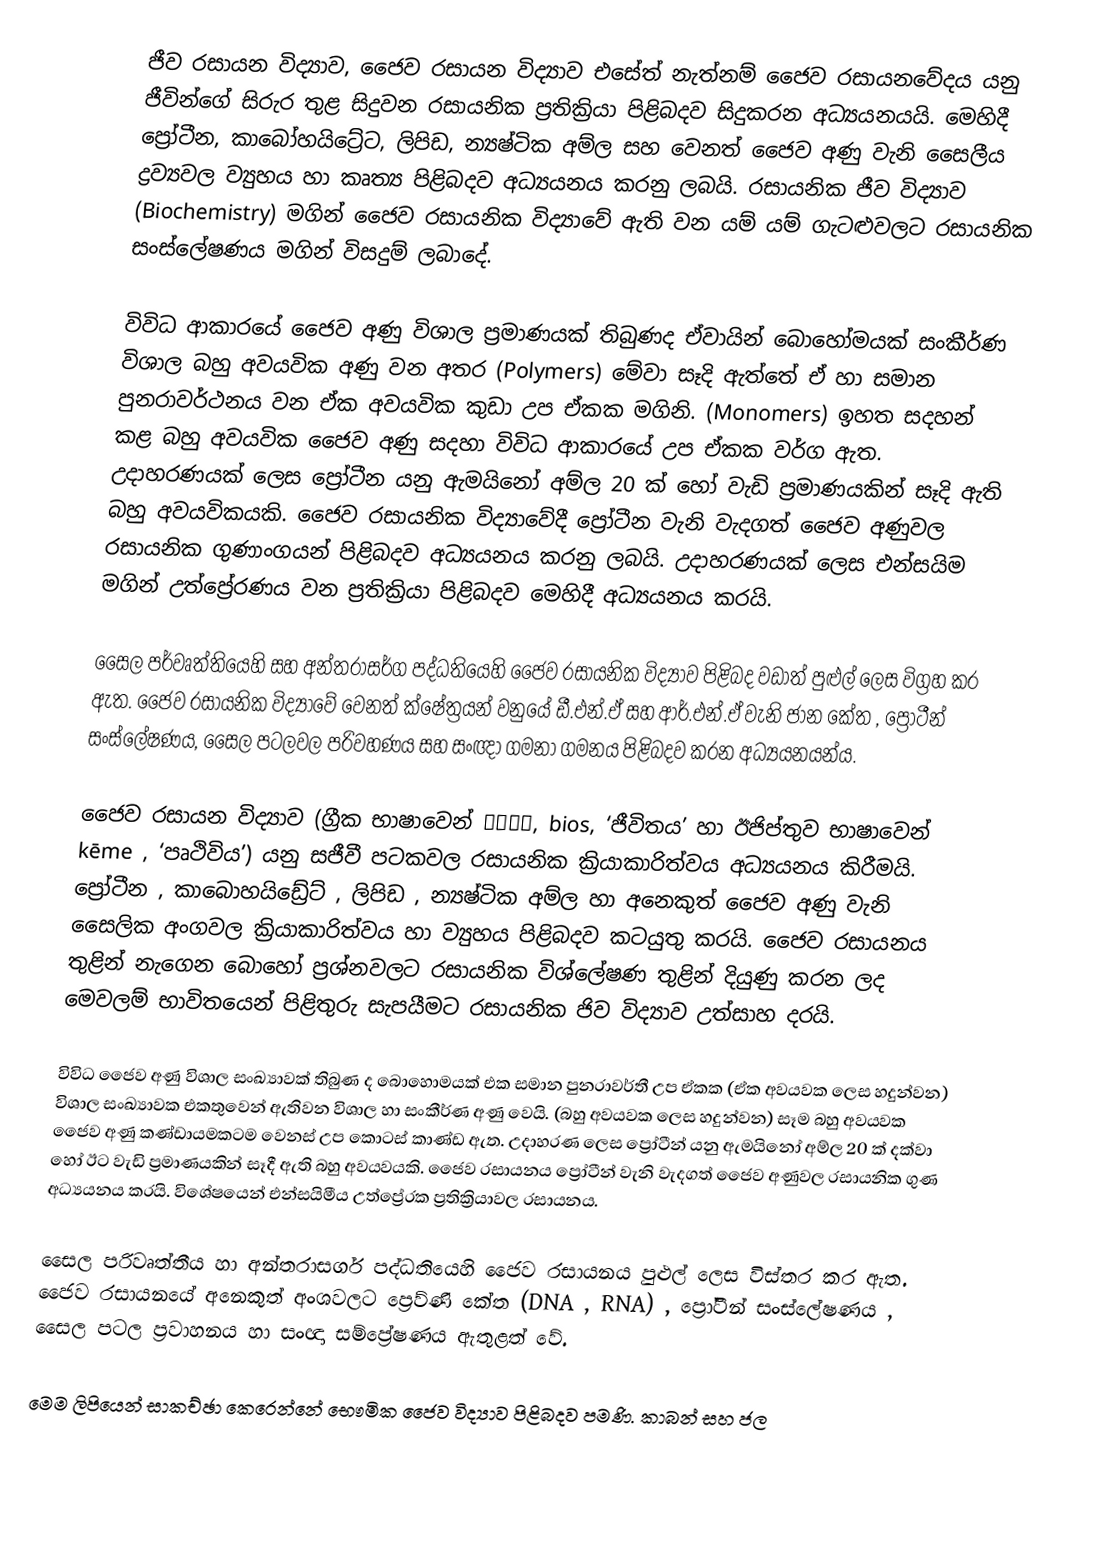
ජීව රසායන විද්‍යාව, ජෛව රසායන විද්‍යාව එසේත් නැත්නම් ජෛව රසායනවේදය යනු ජීවින්ගේ සිරුර තුළ සිදුවන රසායනික ප්‍රතික්‍රියා පිළිබදව සිදුකරන අධ්‍යයනයයි. මෙහිදී ප්‍රෝටීන, කාබෝහයිට්‍රේට, ලිපිඩ, න්‍යෂ්ටික අම්ල සහ වෙනත් ජෛව අණු වැනි සෛලීය ද්‍රව්‍යවල ව්‍යුහය හා කෘත්‍ය පිළිබදව අධ්‍යයනය කරනු ලබයි. රසායනික ජීව විද්‍යාව (Biochemistry)  මගින් ජෛව රසායනික විද්‍යාවේ  ඇති වන යම් යම් ගැටළුවලට රසායනික සංස්ලේෂණය මගින් විසදුම් ලබාදේ.

විවිධ ආකාරයේ ජෛව අණු විශාල ප්‍රමාණයක් තිබුණද ඒවායින් බොහෝමයක් සංකීර්ණ විශාල බහු අවයවික  අණු වන අතර (Polymers) මේවා සෑදි ඇත්තේ ඒ හා සමාන පුනරාවර්ථනය වන ඒක අවයවික  කුඩා උප ඒකක මගිනි. (Monomers) ඉහත සදහන් කළ බහු අවයවික  ජෛව අණු සදහා විවිධ ආකාරයේ උප ඒකක වර්ග ඇත. උදාහරණයක් ලෙස ප්‍රෝටීන යනු ඇමයිනෝ අම්ල 20 ක් ‍හෝ වැඩි ප්‍රමාණයකින් සෑදි ඇති බහු අවයවිකයකි. ජෛව රසායනික විද්‍යාවේදී ප්‍රෝටීන වැනි වැදගත් ජෛව අණුවල රසායනික ගුණාංගයන් පිළිබදව අධ්‍යයනය කරනු ලබයි. උදාහරණයක් ලෙස එන්සයිම මගින් උත්ප්‍රේරණය වන ප්‍රතික්‍රියා පිළිබදව මෙහිදී අධ්‍යයනය කරයි.

සෛල පර්වෘත්තියෙහි සහ අන්තරාසර්ග පද්ධතියෙහි ජෛව රසායනික විද්‍යාව පිළිබද වඩාත් පුළුල් ලෙස විග්‍රහ කර ඇත. ජෛව රසායනික විද්‍යාවේ වෙනත් ක්ෂේත්‍රයන් වනුයේ ඩී.එන්.ඒ සහ ආර්.එන්.ඒ වැනි ජාන කේත , ප්‍රෝටීන් සංස්ලේෂණය, සෛල පටලවල පරිවහණය සහ සංඥ‍ා ගමනා ගමනය පිළිබදව කරන අධ්‍යයනයන්ය.

ජෛව රසායන විද්‍යාව (ග්‍රීක භාෂාවෙන් βίος, bios, ‘ජීවිතය’ හා ඊජිප්තුව භාෂාවෙන් kēme , ‘පෘථිවිය’) යනු සජීවී පටකවල රසායනික ක්‍රියාකාරිත්වය අධ්‍යයනය කිරීමයි. ප්‍රෝටීන , කාබොහයිඩ්‍රේට් , ලිපිඩ , න්‍යෂ්ටික අම්ල හා අනෙකුත් ජෛව අණු වැනි සෛලික අංගවල ක්‍රියාකාරිත්වය හා ව්‍යුහය පිළිබදව කටයුතු කරයි. ජෛව රසායනය තුළින් නැගෙන බොහෝ ප්‍රශ්නවලට රසායනික විශ්ලේෂණ තුළින් දියුණු කරන ලද මෙවලම් භාවිතයෙන් පිළිතුරු සැපයීමට රසායනික ජිව විද්‍යාව උත්සාහ දරයි.

විවිධ ජෛව අණු විශාල සංඛ්‍යාවක් තිබුණ ද බොහොමයක් එක සමාන පුනරාවර්තී උප ඒකක (ඒක අවයවක ලෙස හදුන්වන) විශාල සංඛ්‍යාවක එකතුවෙන් ඇතිවන විශාල හා සංකීර්ණ අණු වෙයි. (බහු අවයවක ලෙස හදුන්වන) සෑම බහු අවයවක ජෛව අණු කණ්ඩායමකටම වෙනස් උප කොටස් කාණ්ඩ ඇත. උදාහරණ ලෙස ප්‍රෝටීන් යනු ඇමයිනෝ අම්ල 20 ක් දක්වා හෝ ඊට වැඩි ප්‍රමාණයකින් සෑදී ඇති බහු අවයවයකි. ජෛව රසායනය ප්‍රෝටීන් වැනි වැදගත් ජෛව අණුවල රසායනික ගුණ අධ්‍යයනය කරයි. විශේෂයෙන් එන්සයිමීය උත්ප්‍රේරක ප්‍රතික්‍රියාවල රසායනය.

සෛල පරිවෘත්තීය හා අන්තරාසර්ග පද්ධතියෙහි ජෛව රසායනය පුළුල් ලෙස විස්තර කර ඇත. ජෛව රසායනයේ අනෙකුත් අංශවලට ප්‍ර‍ෙව්ණි කේත (DNA , RNA)  , ප්‍රෝටීන් සංස්ලේෂණය , සෛල පටල ප්‍රවාහනය  හා සංඥා සම්ප්‍රේෂණය ඇතුළත් වේ.

මෙම ලිපියෙන් සාකච්ඡා කෙරෙන්නේ භෞමික ජෛව විද්‍යාව පිළිබදව පමණි. කාබන් සහ ජල